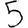
Digit: 5